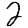
Digit: 2